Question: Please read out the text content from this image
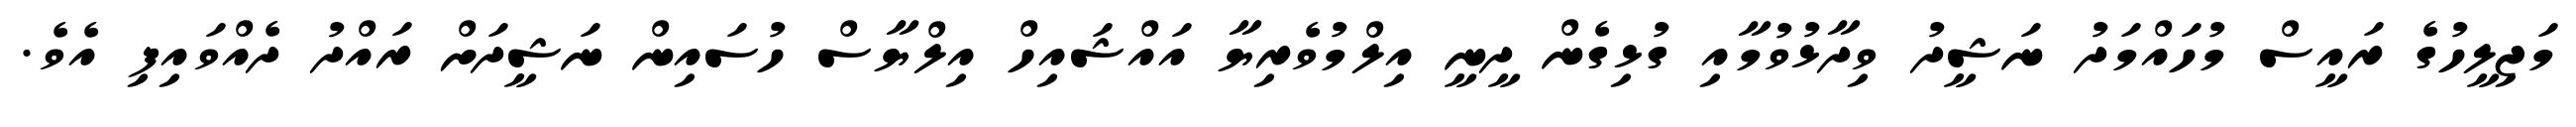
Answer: މަޖިލީހުގެ ރައީސް މުހައްމަދު ނަޝީދު ވިދާޅުވުމާއި ގުޅިގެން ދީނީ އިލްމުވެރިޔާ އައްޝައިހް އިލްޔާސް ހުސައިން ނަޝީދަށް ރައްދު ދެއްވައިފި އެވެ.